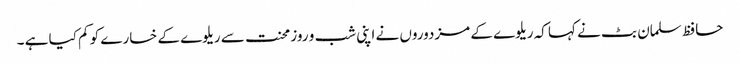
حافظ سلمان بٹ نے کہا کہ ریلوے کے مزدوروں نے اپنی شب و روز محنت سے ریلوے کے خسارے کو کم کیا ہے ۔